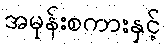
အမုန်းစကားနှင့်